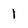
Character: l